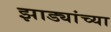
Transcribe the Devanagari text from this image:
झाड्यांच्या